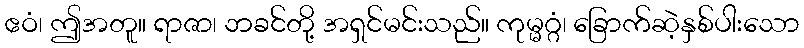
ဧဝံ၊ ဤအတူ။ ရာဇာ၊ ဘခင်တို့ အရှင်မင်းသည်။ ကုမ္မဂ္ဂံ၊ ခြောက်ဆဲ့နှစ်ပါးသော